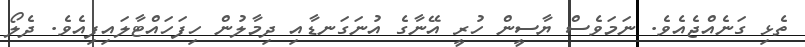
ތެޅި ގަނެއްޖެއެވެ. ނަމަވެސް ޔާސީން ހުރީ އޭނާގެ އުނަގަނޑާއި ދިމާލުން ހިފަހައްޓާލައިފިއެވެ. ދެލޯ